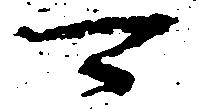
可